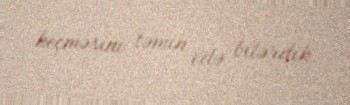
keçməsini təmin edə bilərdik.